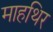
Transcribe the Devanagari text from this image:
माहथिर